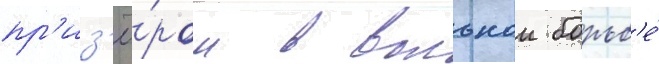
пр'из'ё́ром в вольнои борьб'е́